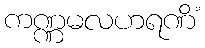
ကဏ္ဏမလဟရဏိံ